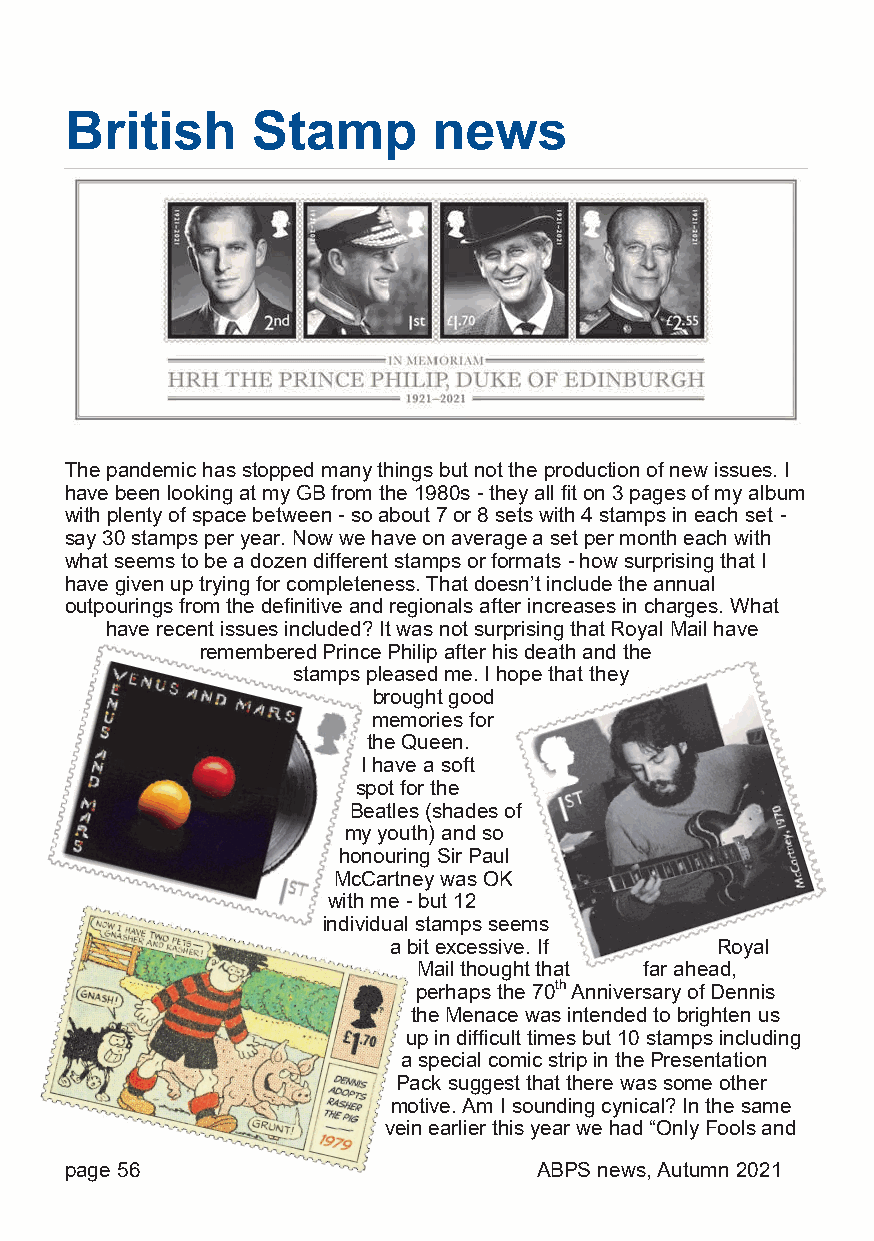
British      Stamp       news
 The pandemic has stopped many things but not the production of new issues. I
 have been looking at my GB from the 1980s - they all fit on 3 pages of my album
 with plenty of space between - so about 7 or 8 sets with 4 stamps in each set -
 say 30 stamps per year. Now we have on average a set per month each with
 what seems to be a dozen different stamps or formats - how surprising that I
 have given up trying for completeness. That doesn’t include the annual
 outpourings from the definitive and regionals after increases in charges. What
 have recent issues included? It was not surprising that Royal Mail have
 remembered Prince Philip after his death and the
 stamps pleased me. I hope that they
 brought good
 memories for
 the Queen.
 I have a soft
 spot for the
 Beatles (shades of
 my youth) and so
 honouring Sir Paul
 McCartney was OK
 with me - but 12
 individual stamps seems
 a bit excessive. If  Royal
 Mail thought that far ahead,
 perhaps the 70th Anniversary of Dennis
 the Menace was intended to brighten us
 up in difficult times but 10 stamps including
 a special comic strip in the Presentation
 Pack suggest that there was some other
 motive. Am I sounding cynical? In the same
 vein earlier this year we had “Only Fools and
 page 56                         ABPS news, Autumn 2021